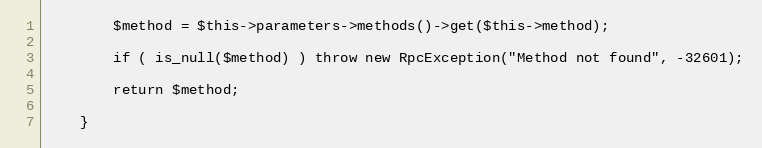
Language: PHP
        $method = $this->parameters->methods()->get($this->method);

        if ( is_null($method) ) throw new RpcException("Method not found", -32601);

        return $method;

    }